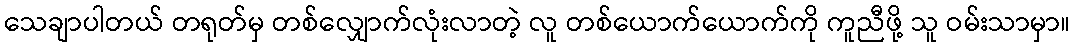
သေချာပါတယ် တရုတ်မှ တစ်လျှောက်လုံးလာတဲ့ လူ တစ်ယောက်ယောက်ကို ကူညီဖို့ သူ ဝမ်းသာမှာ။